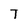
Character: T